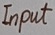
Text: Input